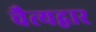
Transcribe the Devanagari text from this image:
चैत्यद्वार